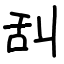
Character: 舏